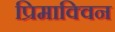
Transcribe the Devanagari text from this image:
प्रिमाक्विन